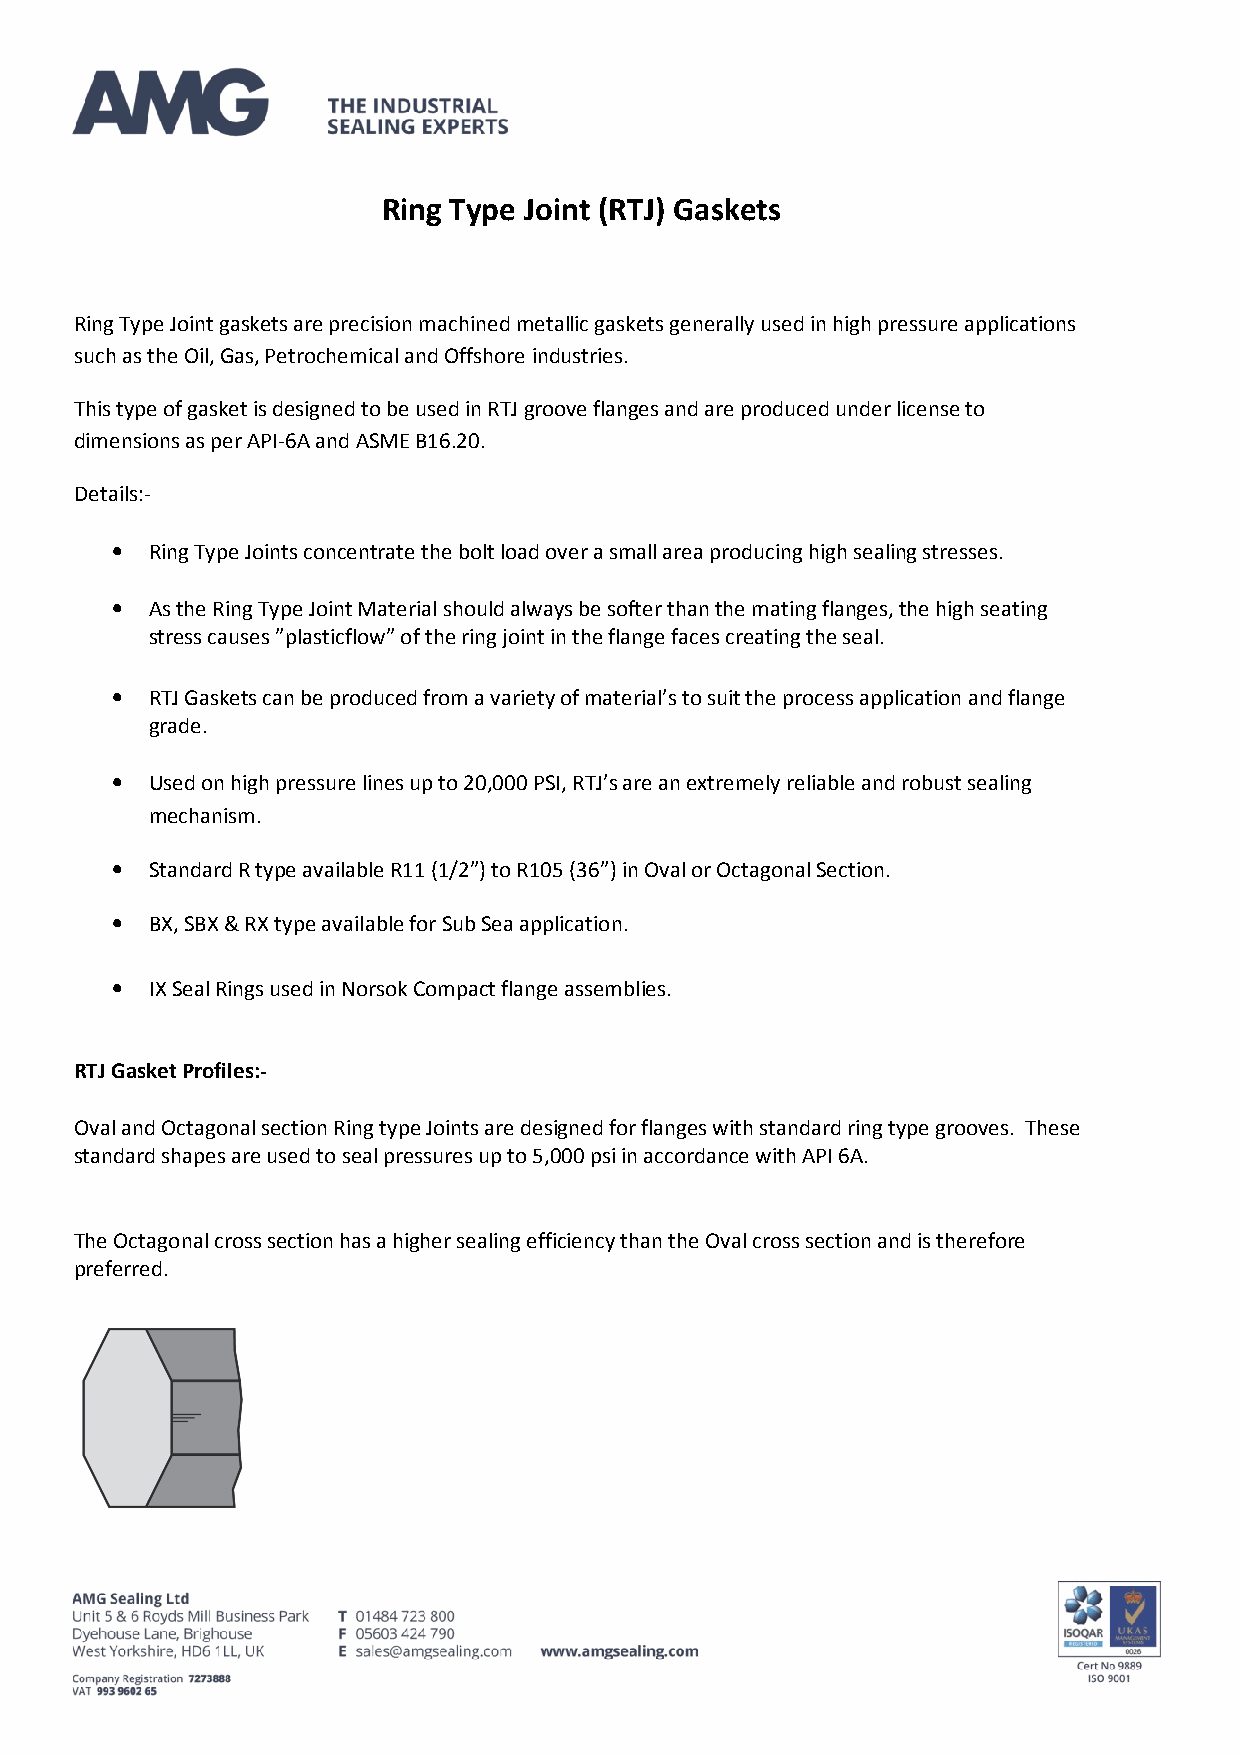
Ring Type Joint (RTJ) Gaskets
 Ring Type Joint gaskets are precision machined metallic gaskets generally used in high pressure applications
 such as the Oil, Gas, Petrochemical and Offshore industries.
 This type of gasket is designed to be used in RTJ groove flanges and are produced under license to
 dimensions as per API-6A and ASME B16.20.
 Details:-
 •  Ring Type Joints concentrate the bolt load over a small area producing high sealing stresses.
 •  As the Ring Type Joint Material should always be softer than the mating flanges, the high seating
 stress causes ”plasticflow” of the ring joint in the flange faces creating the seal.
 •  RTJ Gaskets can be produced from a variety of material’s to suit the process application and flange
 grade.
 •  Used on high pressure lines up to 20,000 PSI, RTJ’s are an extremely reliable and robust sealing
 mechanism.
 •  Standard R type available R11 (1/2”) to R105 (36”) in Oval or Octagonal Section.
 •  BX, SBX & RX type available for Sub Sea application.
 •  IX Seal Rings used in Norsok Compact flange assemblies.
 RTJ Gasket Profiles:-
 Oval and Octagonal section Ring type Joints are designed for flanges with standard ring type grooves. These
 standard shapes are used to seal pressures up to 5,000 psi in accordance with API 6A.
 The Octagonal cross section has a higher sealing efficiency than the Oval cross section and is therefore
 preferred.